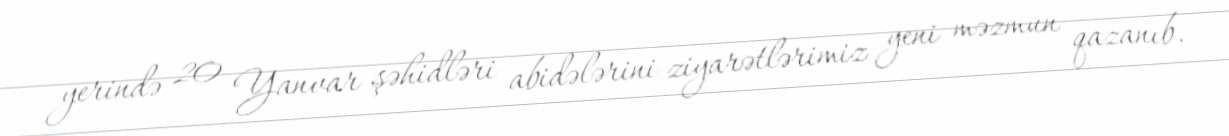
yerində 20 Yanvar şəhidləri abidələrini ziyarətlərimiz yeni məzmun qazanıb.